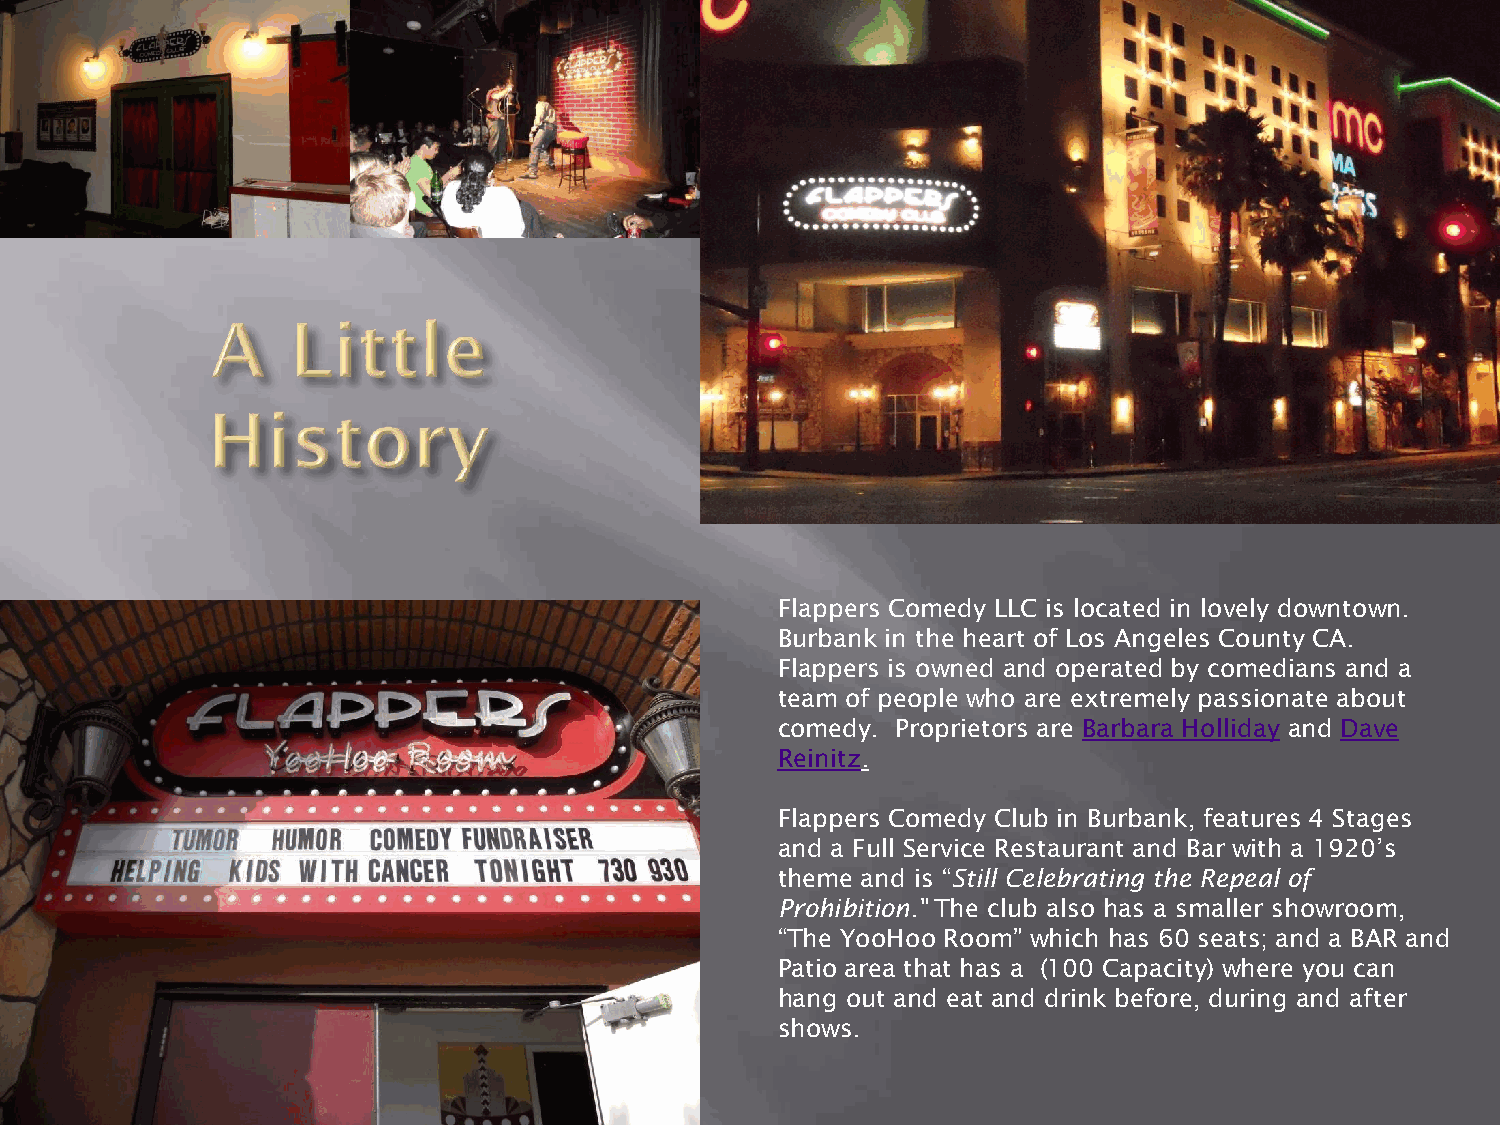
Flappers Comedy LLC is located in lovely downtown.
 Burbank in the heart of Los Angeles County CA.
 Flappers is owned and operated by comedians and a
 team of people who are extremely passionate about
 comedy. Proprietors are Barbara Holliday and Dave
 Reinitz.
 Flappers Comedy Club in Burbank, features 4 Stages
 and a Full Service Restaurant and Bar with a 1920’s
 theme and is “Still Celebrating the Repeal of
 Prohibition." The club also has a smaller showroom,
 “The YooHoo Room” which has 60 seats; and a BAR and
 Patio area that has a (100 Capacity) where you can
 hang out and eat and drink before, during and after
 shows.